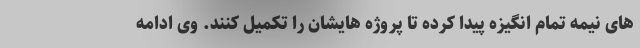
های نیمه تمام انگیزه پیدا کرده تا پروژه هایشان را تکمیل کنند. وی ادامه